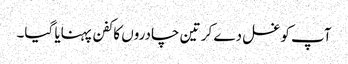
آپ کو غسل دے کر تین چادروں کا کفن پہنایا گیا۔